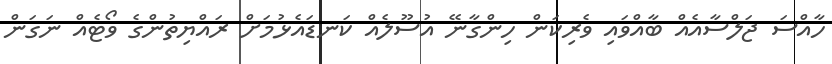
ހާއްސަ ޖަލްސާއެއް ބާއްވައި ވެރިކަން ހިންގާނޭ އުސޫލެއް ކަނޑައެޅުމަށް ރައްޔިތުންގެ ވޯޓެއް ނަގަން